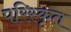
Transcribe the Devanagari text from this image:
परिस्‍कृत